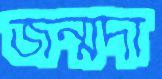
জন্মদা